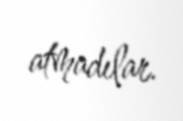
atmadılar.